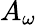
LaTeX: A_{\omega}